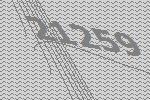
21259